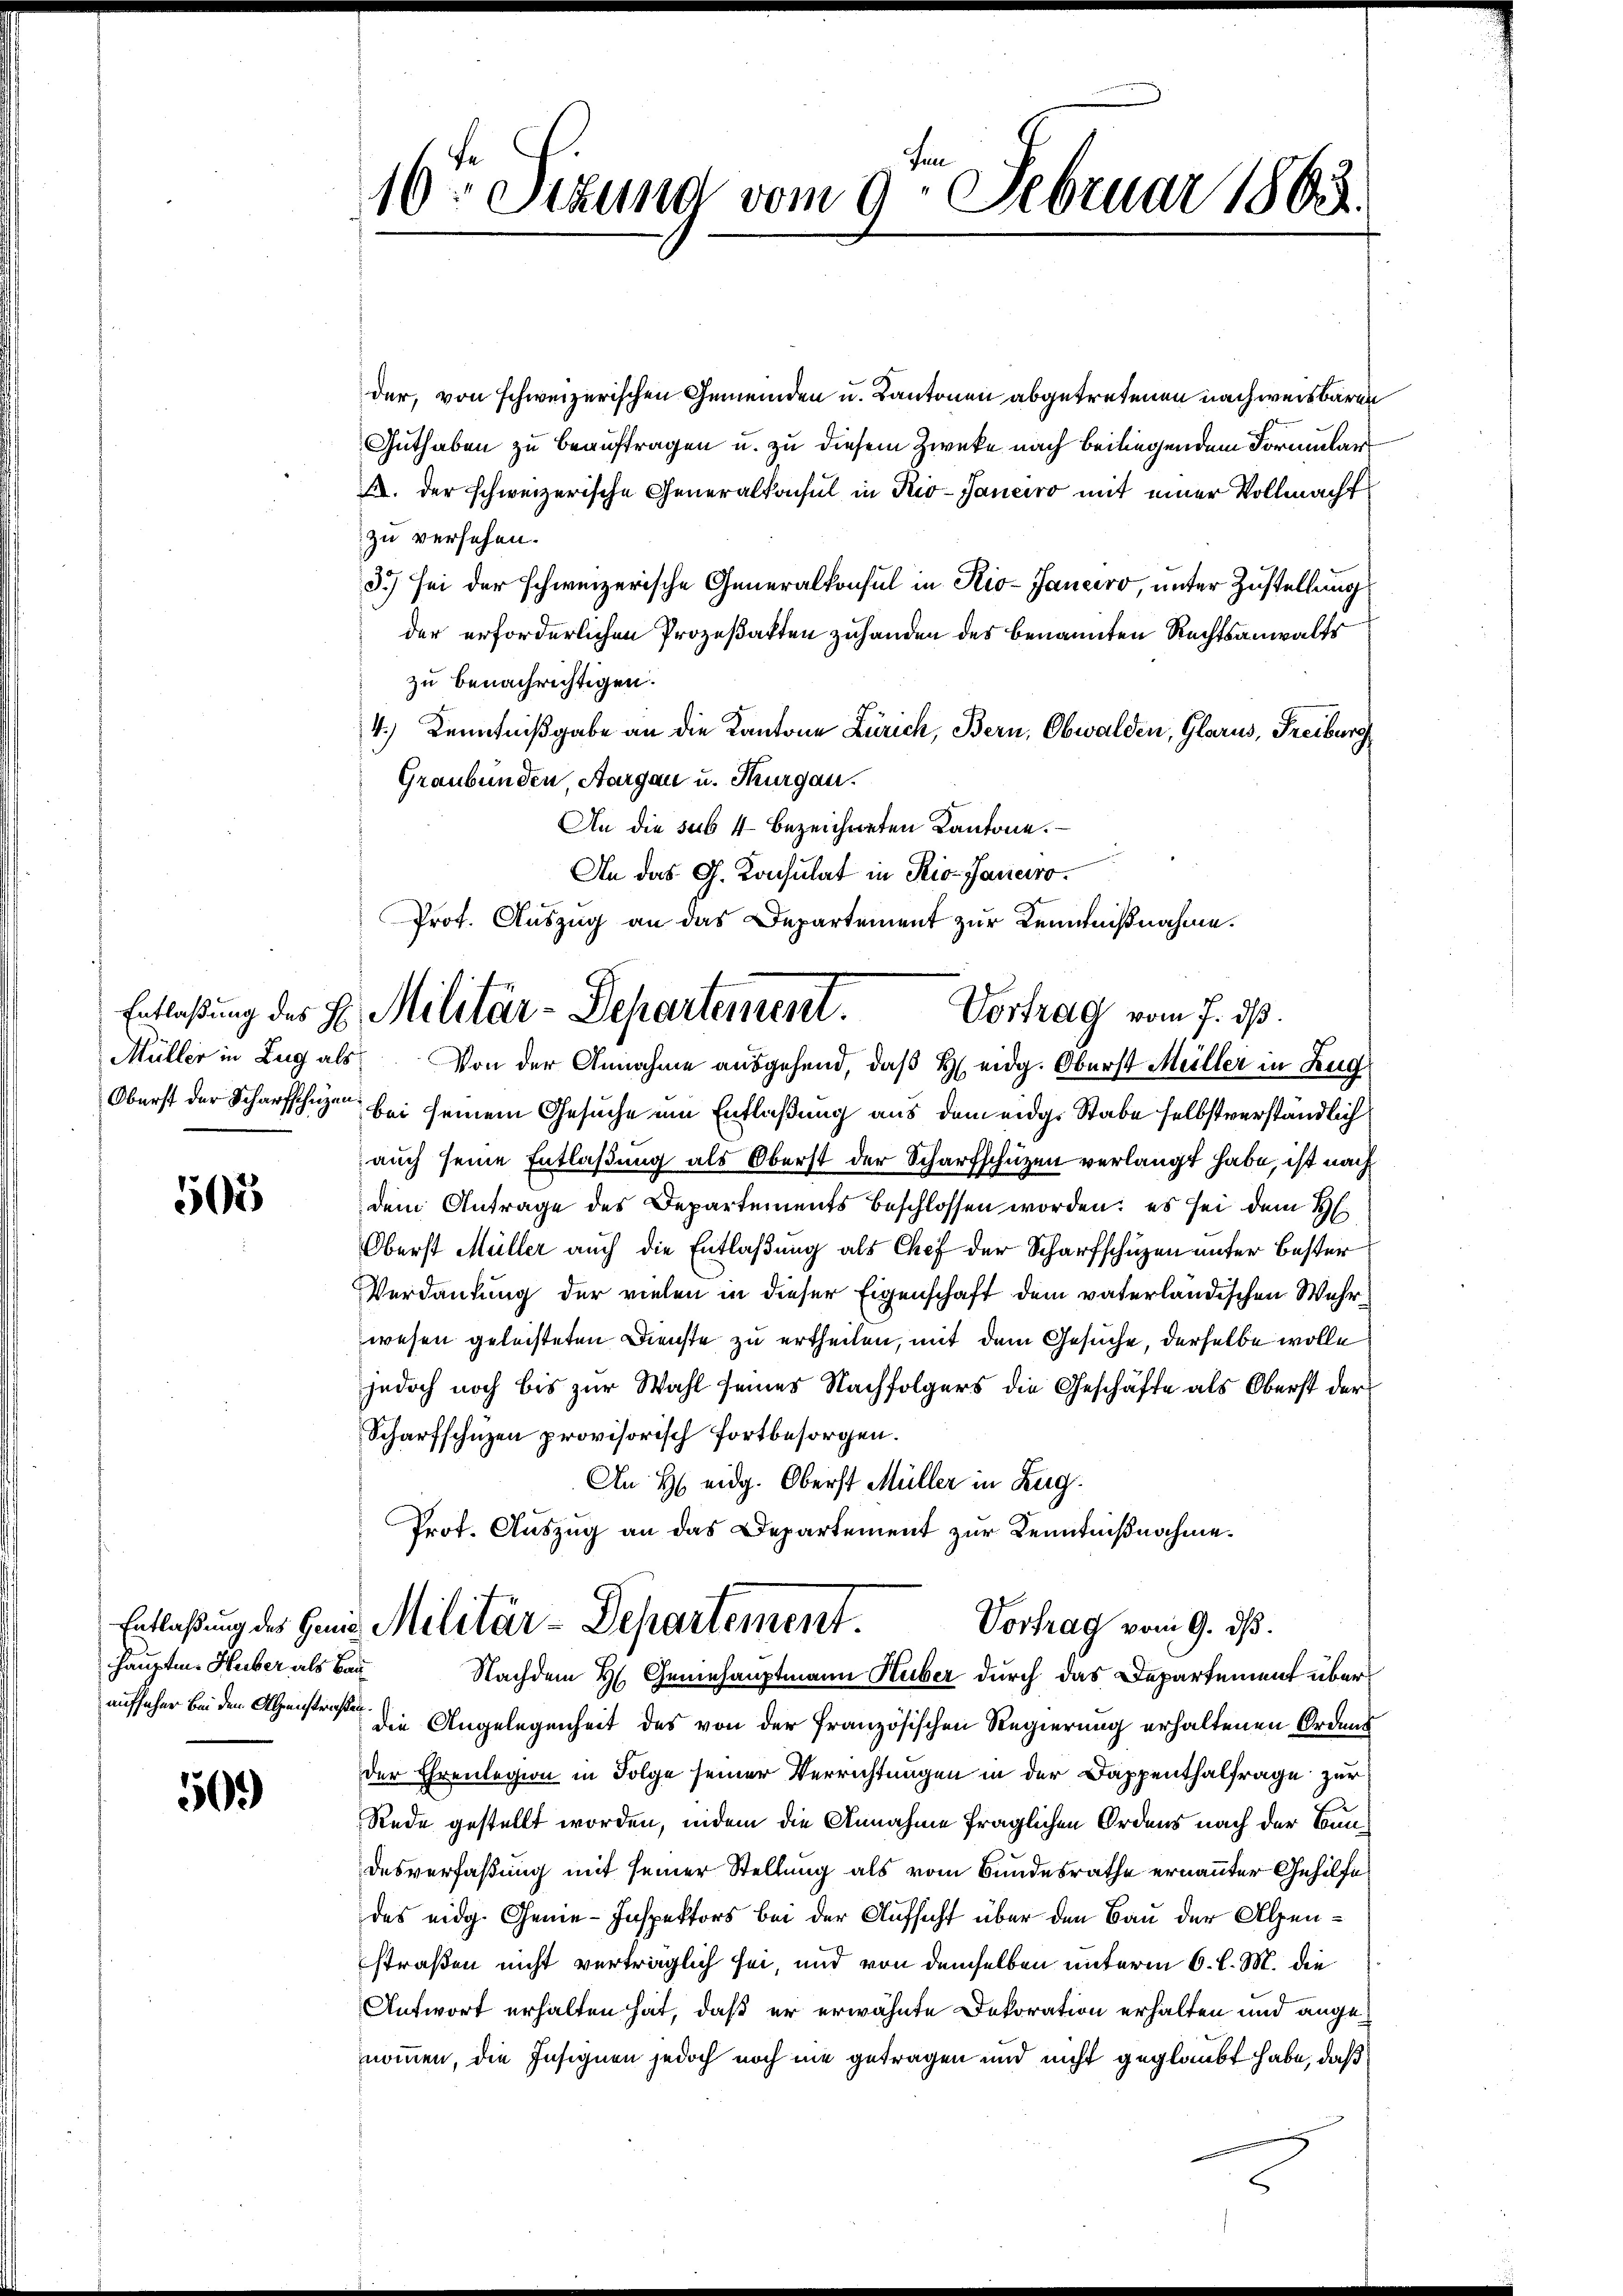
10. Sizung vom 9. Februar 1863.

der, von schweizerischen Gemeinden u. Kantonen abgetretenen nachweisbaren
Guthaben zu beauftragen u. zu diesem Zwecke nach beiliegendem Formular
A. der schweizerische Generalkonsul in Kio-Janeiro mit einer Vollmacht
zu versehen.
3) sei der schweizerische Generalkonsul in Rio-Janeiro, unter Zustellung
der erforderlichen Prozeßakten zuhanden des benannten Rechtsanwalts
zu benachrichtigen.
4.) Kenntnißgabe an die Kantone Zürich, Bern, Obwalden, Glarus, Freiburg
Graubünden, Aargau u. Thurgau.
An die sub 4 bezeichneten Kantone.
An das G. Konsulat in Rio-Janeiro
Prot. Auszug an das Departement zur Kenntnißnahme.

Entlaßung des E. Militär-Departement. Vortrag vom 7. ds.
Müller in Zug als Von der Annahme ausgehend, daß H. eidg. Oberst Müller in Zug

Oberst der Scharfschien bei seinem Gesuche um Entlaßung aus dem eidg. Stabe selbstverständlich
auch seine Entlaßung als Oberst der Scharfschüzen verlangt habe, ist nach
dem Antrage des Departements beschlossen worden: es sei dem H
Oberst Müller auch die Entlaßung als Chef der Scharfschuzen unter bester
Verdankung der vielen in dieser Eigenschaft dem vaterländischen Wehrwesen geleisteten Dienste zu ertheilen, mit dem Gesuche, derselbe wolle
jedoch noch bis zur Wahl seines Nachfolgers die Geschäfte als Oberst der
Scharfschuzen provisorisch fortbesorgen.
An H eidg. Oberst Müller in Zug.
Prot. Auszug an das Departement zur Kenntnißnahme.

503

Entlaßung des Genie Militär-Departement.
Vortrag vom 9. ds.
Nachdem H. Geniehauptmann Huber durch das Departement über¬

hauptm. Huber als Bau¬

aufseher bei den Alenstrafe die Angelegenheit des von der französischen Regierung erhaltenen Ordnun
der Ehrenlegion in Folge seiner Verrichtungen in der Dappenthalfrage zur
Rede gestellt worden, indem die Annahme fraglichen Ordens nach der Sonndesverfaßung mit seiner Stellung als vom Bundesrathe ernannter Gehilfe
des eidg. Genie-Inspektors bei der Aufsicht über den Bau der Alpenstraßen nicht verträglich sei, und von demselben unterm 6. l. M. die
Antwort erhalten hat, daß er erwähnte Dekoration erhalten und angenommen, die Insignen jedoch noch nie getragen und nicht geglaubt habe, daß

509